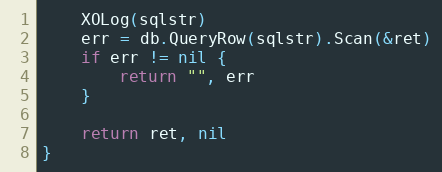
Language: Go
	XOLog(sqlstr)
	err = db.QueryRow(sqlstr).Scan(&ret)
	if err != nil {
		return "", err
	}

	return ret, nil
}